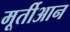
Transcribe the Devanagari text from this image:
मूर्तीआन